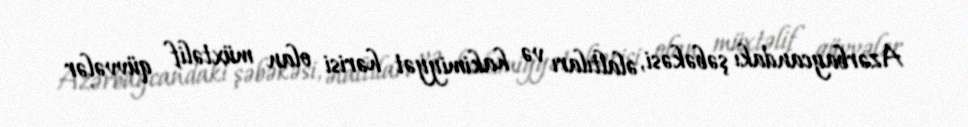
Azərbaycandakı şəbəkəsi, əlaltıları və hakimiyyət hərisi olan müxtəlif qüvvələr